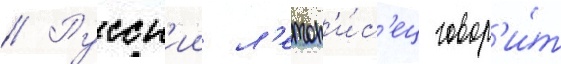
// Русск'ии л'етоп'и́с'ец говор'и́т